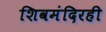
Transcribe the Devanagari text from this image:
शिवमंदिरही